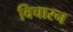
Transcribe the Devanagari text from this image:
विचारन